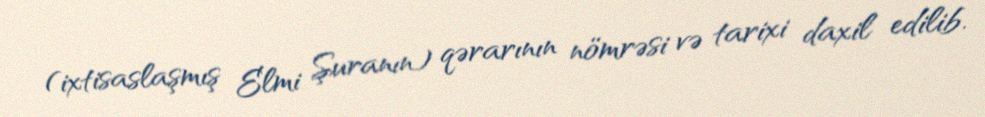
(ixtisaslaşmış Elmi Şuranın) qərarının nömrəsi və tarixi daxil edilib.